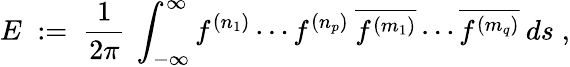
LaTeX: E\; :=\; \frac{1}{2\pi}\: \int_{-\infty}^{\infty}f^{(n_{1})}\cdots f^{(n_{p})}\: \overline{{{f^{(m_{1})}}}}\cdots\overline{{{f^{(m_{q})}}}}\: ds\; ,